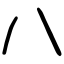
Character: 八